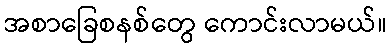
အစာခြေစနစ်တွေ ကောင်းလာမယ်။